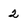
Character: 2